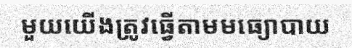
មួយយើងត្រូវធ្វើតាមមធ្យោបាយ